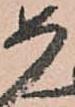
如